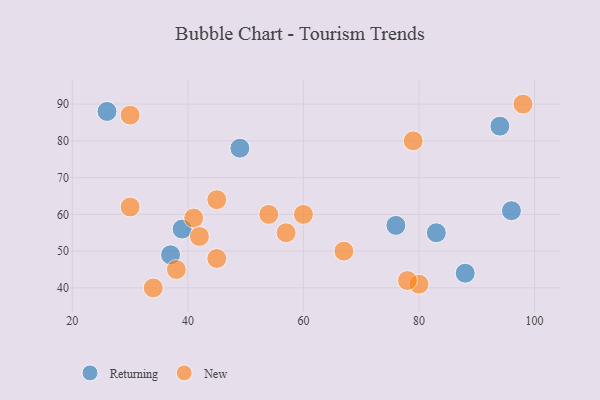
{"axis": {"x": "GDP", "y": "Life Expectancy"}, "legend": ["New", "Returning"], "data": [{"x": "83", "y": 55, "type": "Returning"}, {"x": "94", "y": 84, "type": "Returning"}, {"x": "39", "y": 56, "type": "Returning"}, {"x": "37", "y": 49, "type": "Returning"}, {"x": "76", "y": 57, "type": "Returning"}, {"x": "88", "y": 44, "type": "Returning"}, {"x": "26", "y": 88, "type": "Returning"}, {"x": "96", "y": 61, "type": "Returning"}, {"x": "49", "y": 78, "type": "Returning"}, {"x": "54", "y": 60, "type": "New"}, {"x": "80", "y": 41, "type": "New"}, {"x": "67", "y": 50, "type": "New"}, {"x": "41", "y": 59, "type": "New"}, {"x": "60", "y": 60, "type": "New"}, {"x": "45", "y": 48, "type": "New"}, {"x": "78", "y": 42, "type": "New"}, {"x": "30", "y": 87, "type": "New"}, {"x": "38", "y": 45, "type": "New"}, {"x": "30", "y": 62, "type": "New"}, {"x": "45", "y": 64, "type": "New"}, {"x": "42", "y": 54, "type": "New"}, {"x": "57", "y": 55, "type": "New"}, {"x": "34", "y": 40, "type": "New"}, {"x": "79", "y": 80, "type": "New"}, {"x": "98", "y": 90, "type": "New"}]}